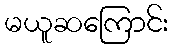
မယူဆကြောင်း